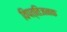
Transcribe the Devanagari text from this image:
विपत्तिजनक